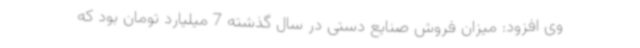
وی افزود: میزان فروش صنایع دستی در سال گذشته 7 میلیارد تومان بود که